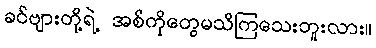
ခင်ဗျားတို့ရဲ့ အစ်ကိုတွေမသိကြသေးဘူးလား။